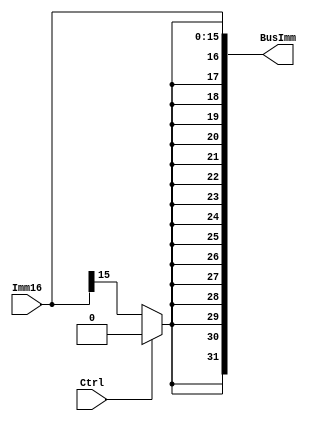
module SignExtender_Example(BusImm, Imm16, Ctrl); 
   output [31:0] BusImm; 
   input [15:0]  Imm16; 
   input 	 Ctrl; 
   
   wire 	 extBit; 
   assign extBit = (Ctrl ? 1'b0 : Imm16[15]); 
   assign BusImm = {{16{extBit}}, Imm16}; 
   
endmodule